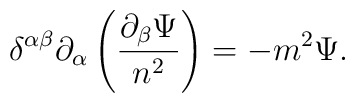
\delta^{\alpha \beta}\partial_\alpha \left(\frac{    \partial_\beta \Psi}{n^2} \right) = - m^2 \Psi.